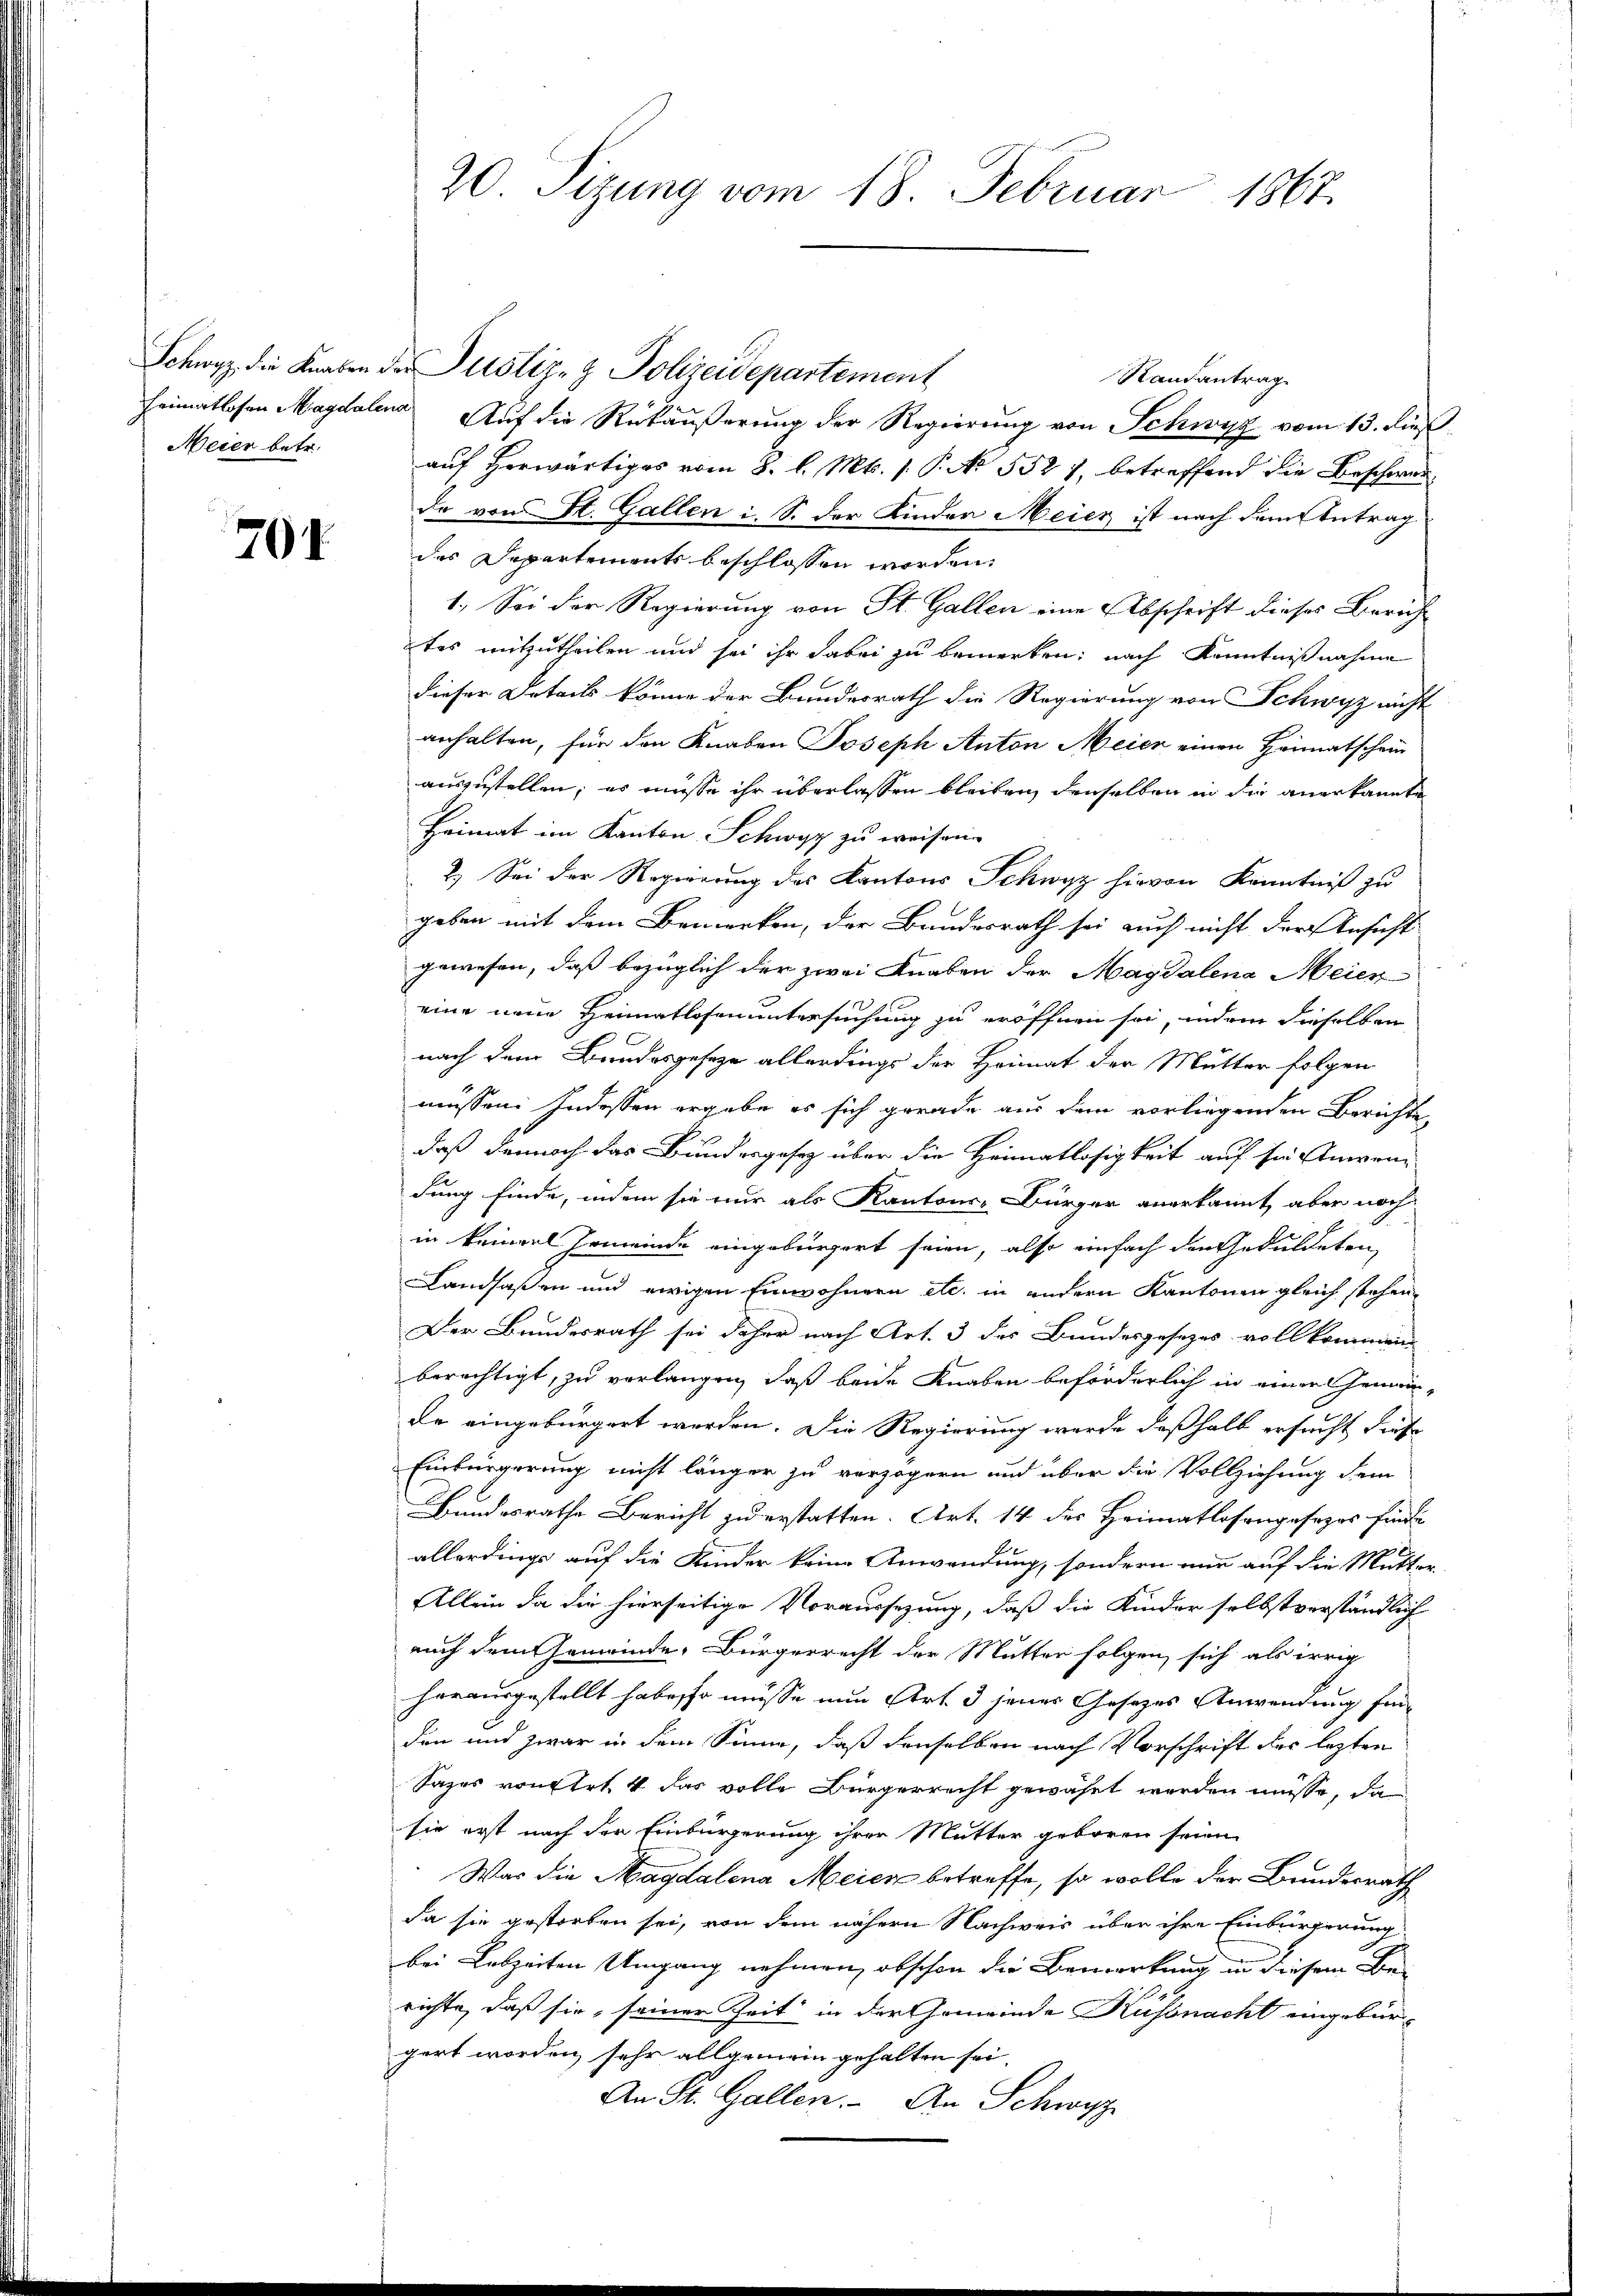
Meier betr.

704

20. Sizung vom 18. Februar 1867.

Schwyz die Knaben der Justiz- & Polizeidepartement
Randantrag
Heimatlosen Magdalen Auf die Rückäußerung der Regierung von Schwyz vom 13. dieß
auf herwärtiges vom 8. l. Mts. 1. P. No 552. 7, betreffend die Beschwerda von St. Gallen i. S. der Kinder Meier ist nach dem Antrag
des Departements beschlossen worden.
1. Sei der Regierung von St. Gallen eine Abschrift dieses Bericht
tos mitzutheilen und sei ihr dabei zu bemerken; nach Kenntnißnahme
dieser Details könne der Bundesrath die Regierung von Schwyz nicht
anhalten, für den Knaben Joseph Anton Meier einen Heimatschein
auszustellen; es müsse ihr überlassen bleiben, denselben in die anerkannte
Heimat im Kanton Schwyz zu weisen.
2.) Sei der Regierung des Kantons Schwyz hievon Kenntniß zu
geben mit dem Bemerken, der Bundesrath sei auch nicht der Ansicht
gewesen, daß bezüglich der zwei Knaben der Magdalena Meier
eine neue Heimatlosenuntersuchung zu eröffnen sei, indem dieselben
nach dem Brundesgesetze allerdings der Heimat der Mutter folgen
müssen. Indessen ergebe es sich gerade aus dem vorliegenden Berichte
daß dennoch das Bundesgesez über die Heimatlosigkeit auf sie Anwendung finde, indem sie nur als Kantons-Bürger anerkannt, aber noch
in keingel Gemeinde eingebürgert seien, also einfach den Geduldeten,
Landsaßen und ewigen Einwohnern etc. in andern Kantonen gleich stehen
Der Bundesrath sei daher nach Art. 3 des Bundesgesezes vollkommen
berechtigt, zu verlangen, daß beide Knaben beförderlich in einer Gemeinde eingebürgert werden. Die Regierung werde deßhalb ersucht diese
Einbürgerung nicht länger zu verzögern und über die Vollziehung dem
Bundesrathe Bericht zu erstatten. Art. 14 des Heimatlosengesezes finde
allerdings auf die Kinder keine Anwendung, sondern nur auf die Mutter
Allein da die hierseitige Voraussezung, daß die Kinder selbstverständlich
auch dem Gemeinde, Bürgerrecht der Mutter folgen sich als irrig
herausgestellt habe so müsse nun Art. 3 jener Gesetzes Anwendung für
den und zwar in dem Sinne, daß denselben nach Vorschrift der letzten
Sazes von Art. 4 das volle Bürgerrecht gewährt werden müsse, da
sie erst nach der Einbürgerung ihrer Mutter geboren seien.
Was die Magdalena Meier betreffe, so wolle der Bundesrath
da sie gestorben sei, von dem nähern Nachweis über ihre Einbürgerung
bei Lebzeiten Umgang nehmen, obschon die Bemerkung in diesem Berichte, daß sie, seiner Zeit in der Gemeinde Küssnacht eingebürgert worden sehr allgemein gehalten sei,
An St. Gallen. An Schwyz